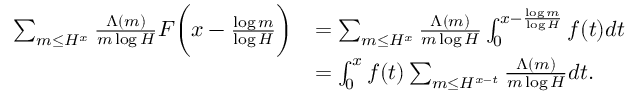
\begin{array} { r l } { \sum _ { m \le H ^ { x } } \frac { \Lambda ( m ) } { m \log H } F \biggl ( x - \frac { \log m } { \log H } \biggr ) } & { = \sum _ { m \le H ^ { x } } \frac { \Lambda ( m ) } { m \log H } \int _ { 0 } ^ { x - \frac { \log m } { \log H } } f ( t ) d t } \\ & { = \int _ { 0 } ^ { x } f ( t ) \sum _ { m \le H ^ { x - t } } \frac { \Lambda ( m ) } { m \log H } d t . } \end{array}